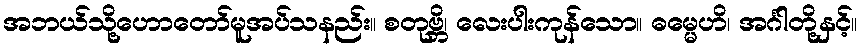
အဘယ်သို့ဟောတော်မူအပ်သနည်း။ စတုဗ္ဘိ၊ လေးပါးကုန်သော။ ဓမ္မေဟိ၊ အင်္ဂါတို့နှင့်။